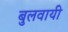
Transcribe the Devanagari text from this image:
बुलवायी